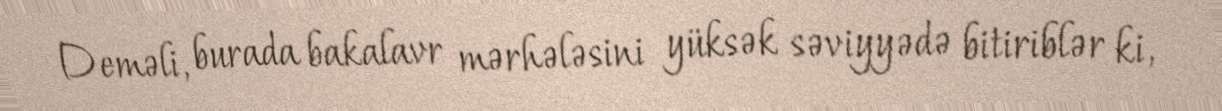
Deməli, burada bakalavr mərhələsini yüksək səviyyədə bitiriblər ki,